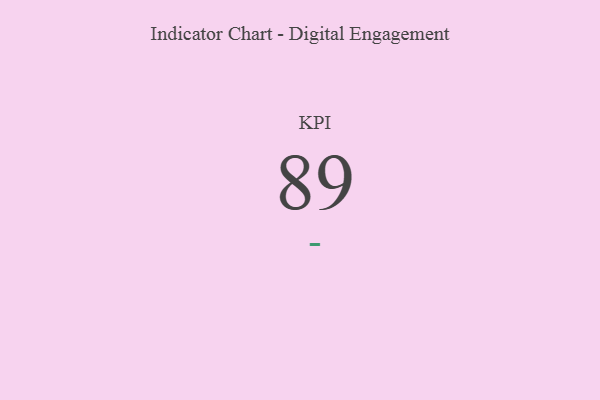
{"axis": {"x": "KPI", "y": "Value"}, "legend": [""], "data": [{"x": "KPI", "y": 89, "type": ""}]}